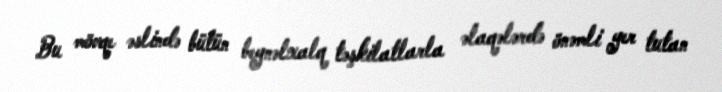
Bu mövqe əslində bütün beynəlxalq təşkilatlarla əlaqələrdə önəmli yer tutan